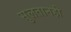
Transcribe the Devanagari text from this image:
सुलतानही